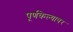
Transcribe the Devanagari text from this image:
पूर्णकेल्यावर